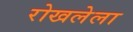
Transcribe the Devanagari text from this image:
रोखलेला